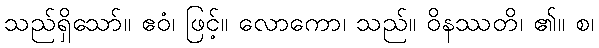
သည်ရှိသော်။ ဧဝံ၊ ဖြင့်။ လောကော၊ သည်။ ဝိနဿတိ၊ ၏။ စ၊